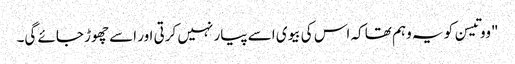
"ووتیسن کو یہ وہم تھا کہ اس کی بیوی اسے پیار نہیں کرتی اور اسے چھوڑ جائے گی۔